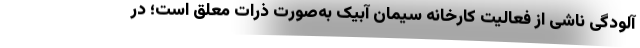
آلودگی ناشی از فعالیت کارخانه سیمان آبیک به‌صورت ذرات معلق است؛ در